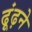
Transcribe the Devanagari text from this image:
ढ़ूंढ़ने